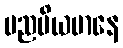
ပညပိယမာနေ